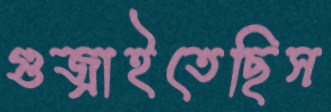
গুজ্‌রাইতেছিস